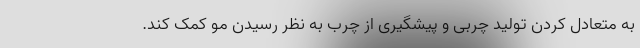
به متعادل کردن تولید چربی و پیشگیری از چرب به نظر رسیدن مو کمک کند.